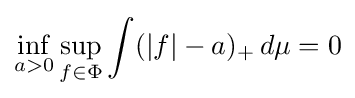
\inf _{a>0}\sup _{f\in \Phi }\int (|f|-a)_{+}\,d\mu =0